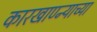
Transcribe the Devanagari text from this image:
कारखाण्न्याच्या